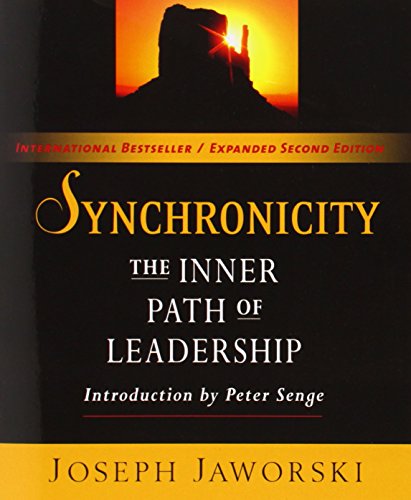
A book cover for Synchronicity: The Inner Path of Leadership; Joseph Jaworski; Medical Books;